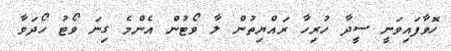
ހޮވާފައިވަނީ ސީދާ ހުރިހާ ރައްޔިތުން ލާ ވޯޓުން އެންމެ ގިނަ ވޯޓު ހޯދަވާ